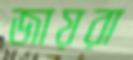
জায়রা